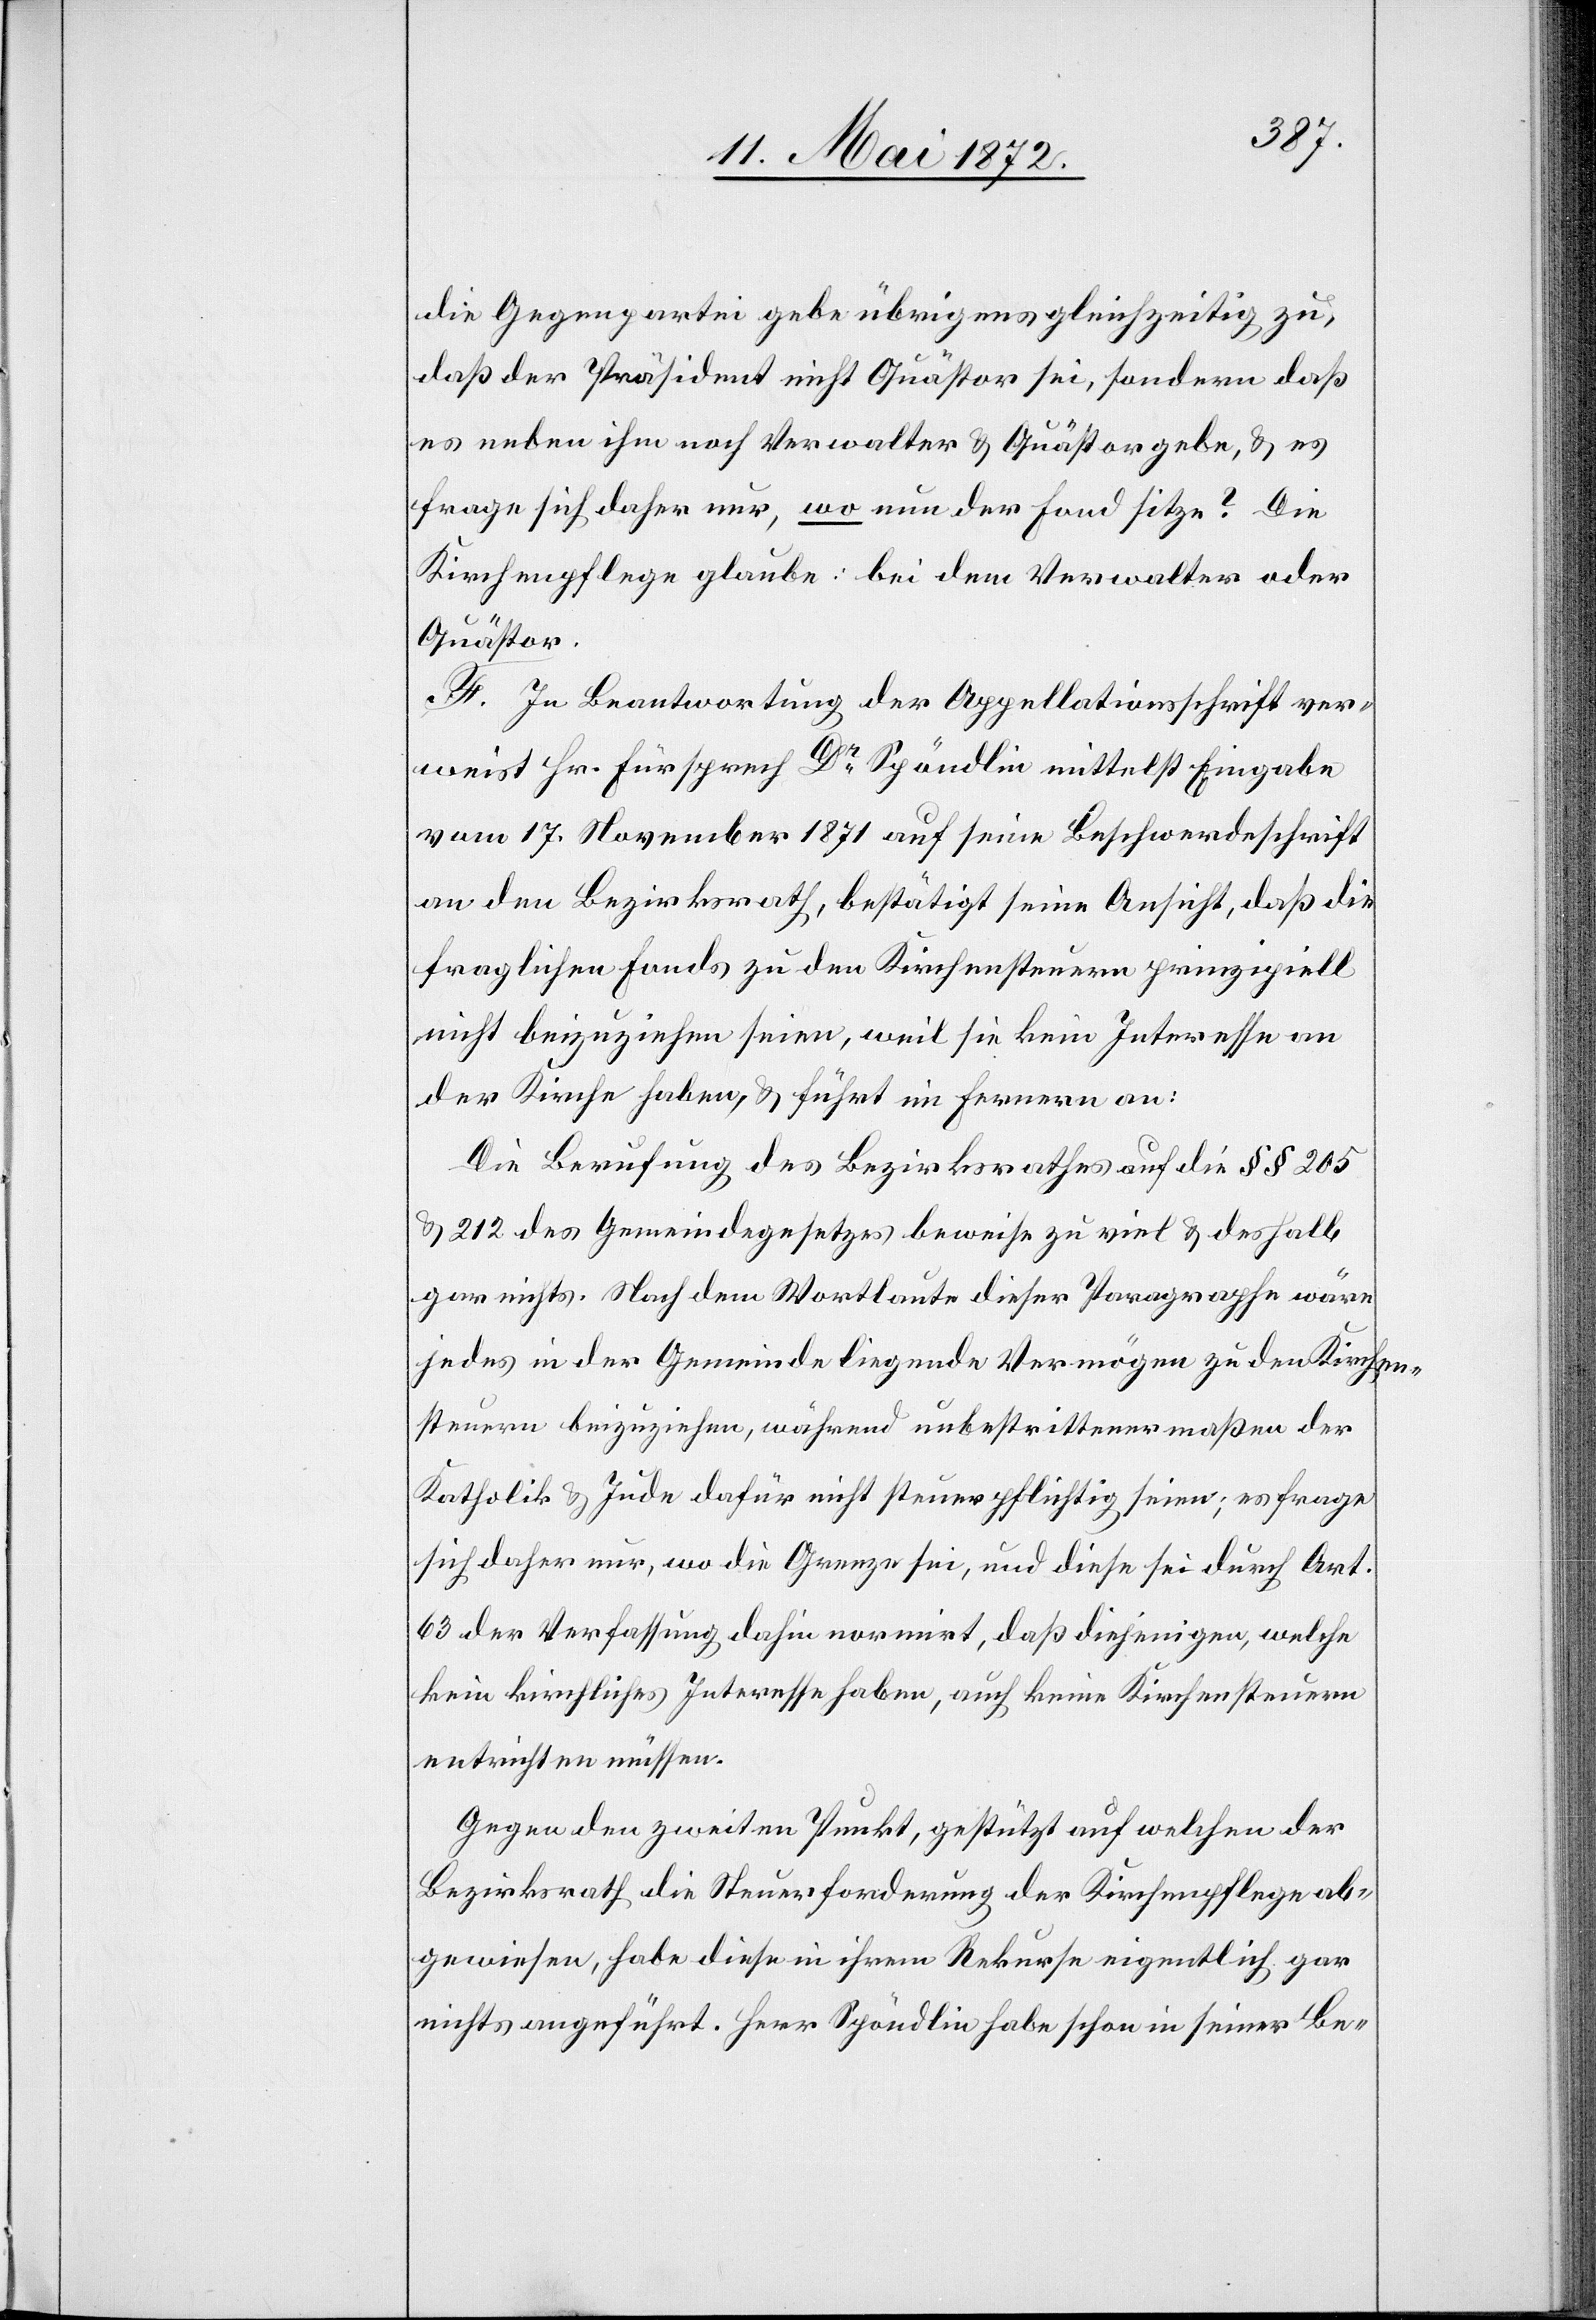
die Gegenpartei gebe übrigens gleichzeitig zu,
daß der Präsident nicht Quästor sei, sondern daß
es neben ihm noch Verwalter u. Quästor gebe, u. es
frage sich daher nur, wo nun der Fond sitze? Die
Kirchenpflege glaube: bei dem Verwalter oder
Quästor.
F. In Beantwortung der Appellationsschrift ver¬
weist Hr. Fürsprech Dr Spöndlin mittelst Eingabe
vom 17. November 1871 auf seine Beschwerdeschrift
an den Bezirksrath, bestätigt seine Ansicht, daß die
fraglichen Fonds zu den Kirchensteuern prinzipiell
nicht beizuziehen seien, weil sie kein Interesse an
der Kirche haben, u. führt im Fernern an:
Die Berufung des Bezirksrathes auf die §§ 205
u. 212 des Gemeindegesetzes beweise zu viel u. deshalb
gar nichts. Nach dem Wortlaute dieser Paragraphe wäre
jedes in der Gemeinde liegende Vermögen zu den Kirchen¬
steuern beizuziehen, während unbestrittenermaßen der
Katholik u. Jude dafür nicht steuerpflichtig seien; es frage
sich daher nur, wo die Grenze sei, und diese sei durch Art.
63 der Verfassung dahin normirt, daß diejenigen, welche
kein kirchliches Interesse haben, auch keine Kirchensteuern
entrichten müssen.
Gegen den zweiten Punkt, gestützt auf welchen der
Bezirksrath die Steuerforderung der Kirchenpflege ab¬
gewiesen, habe diese in ihrem Rekurse eigentlich gar
nichts angeführt. Herr Spöndlin habe schon in seiner Be-